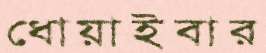
ধোয়াইবার